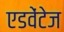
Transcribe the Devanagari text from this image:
एडवेंटेज